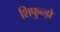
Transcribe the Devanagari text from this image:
शिफुन्ड़ो